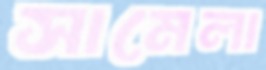
সামেলা